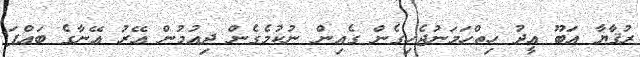
ރުޤާޔާ އަބޫ އީދު ހިތްހަމަނުޖެހިގެން ގެއިން ނުކުމެގެން ދިއުމުން އޭރު އޭނާގެ ބައްޕަ